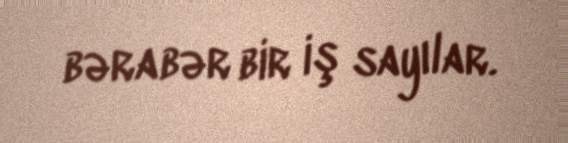
bərabər bir iş sayılar.